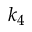
k _ { 4 }